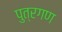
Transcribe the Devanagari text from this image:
पुत्रगण